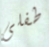
طفلى